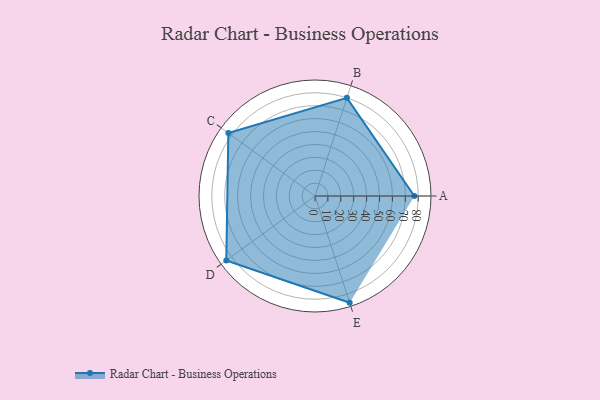
{"axis": {"x": "Skill", "y": "Score"}, "legend": ["Profile"], "data": [{"x": "A", "y": 77.0, "type": "Profile"}, {"x": "B", "y": 80.0, "type": "Profile"}, {"x": "C", "y": 83.0, "type": "Profile"}, {"x": "D", "y": 85.0, "type": "Profile"}, {"x": "E", "y": 87.0, "type": "Profile"}]}